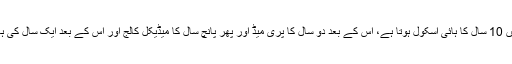
پاکستان میں 10 سال کا ہائی اسکول ہوتا ہے، اس کے بعد دو سال کا پری میڈ اور پھر پانچ سال کا میڈیکل کالج اور اس کے بعد ایک سال کی ہاؤس جاب۔